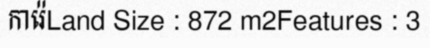
ការ៉េLand Size : 872 m2Features : 3